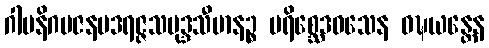
ဂါမနိဂမဇနပဒရဇ္ဇသမုဒ္ဒသီမာနဉ္စ ပရိစ္ဆေဒဝသေန ဝဍ္ဎယန္တေန